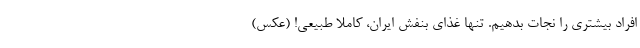
افراد بیشتری را نجات بدهیم. تنها غذای بنفش ایران، کاملا طبیعی! (عکس)